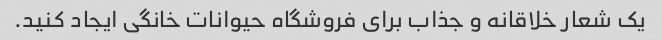
یک شعار خلاقانه و جذاب برای فروشگاه حیوانات خانگی ایجاد کنید.